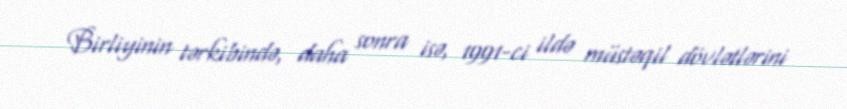
Birliyinin tərkibində, daha sonra isə, 1991-ci ildə müstəqil dövlətlərini